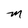
Character: m